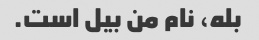
بله، نام من بیل است.